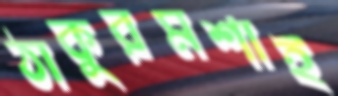
ঠাকুরমশাই